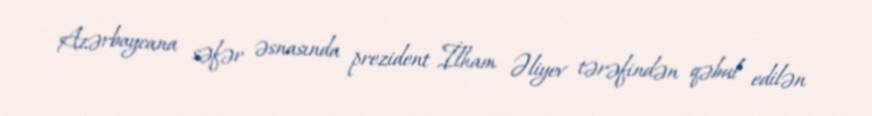
Azərbaycana səfər əsnasında prezident İlham Əliyev tərəfindən qəbul edilən